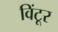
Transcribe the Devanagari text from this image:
विंटूर